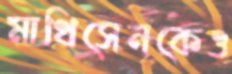
মাথিসেনকেও